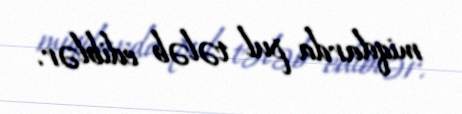
miqdarda pul tələb ediblər.